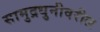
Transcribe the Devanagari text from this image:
सामुद्रधुनीवरील